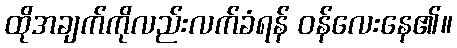
ထိုအချက်ကိုလည်းလက်ခံရန် ဝန်လေးနေ၏။